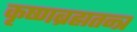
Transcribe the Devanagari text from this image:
कृष्णब्रह्मतन्त्र